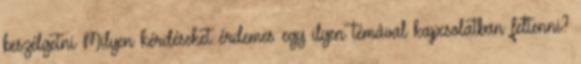
beszélgetni Milyen kérdéseket érdemes egy ilyen témával kapcsolatban feltenni?